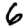
Digit: 6